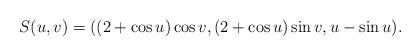
LaTeX: \begin{align*}S(u,v)=((2+\cos u) \cos v, (2+\cos u) \sin v, u-\sin u).\end{align*}